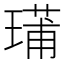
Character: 𤨳